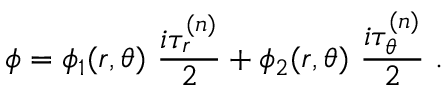
\phi = \phi _ { 1 } ( r , \theta ) \ \frac { i \tau _ { r } ^ { ( n ) } } { 2 } + \phi _ { 2 } ( r , \theta ) \ \frac { i \tau _ { \theta } ^ { ( n ) } } { 2 } \ .